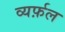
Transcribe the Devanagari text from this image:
व्यर्फ़ल